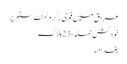
عراق میں فوجی رکروٹمنٹ سنٹر پر
خودکش حملہ ، 23 ہلاک
بغداد ۔